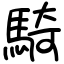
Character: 騎